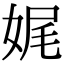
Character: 娓